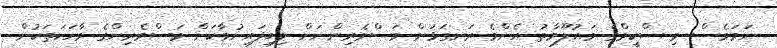
ނަމަވެސް މި ސްކީމްގެ މައުލޫމާތު އެންމެ ރަނގަޅަށް މަސްވެރިންނަށް ލިބިފައިނުވާކަން މަސްވެރިންގެ ވާހަކަތަކުން